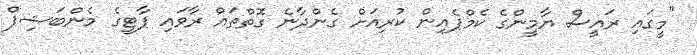
"މީގައި ރައީސް ޔާމީންގެ ކެމްޕެއިން ކުރިއަށް ގެންދާނެ ގޮތްތައް ރާވައި ޕާޓީގެ މެންބަޝިޕް